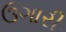
ઉગારી